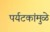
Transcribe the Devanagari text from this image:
पर्यटकांमुळे